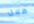
ظلال